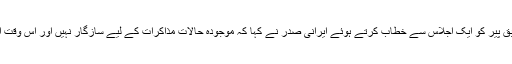
ایران کے سرکاری خبر رساں ادارے 'ارنا' کے مطابق پیر کو ایک اجلاس سے خطاب کرتے ہوئے ایرانی صدر نے کہا کہ موجودہ حالات مذاکرات کے لیے سازگار نہیں اور اس وقت ایران کے پاس واحد راستہ مزاحمت اور جدوجہد ہے۔